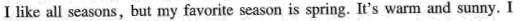
I like all seasons,but my favorite season is spring.It's warm and sunny. I